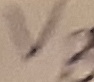
Text: VB